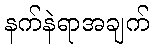
နက်နဲရာအချက်